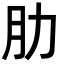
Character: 肋